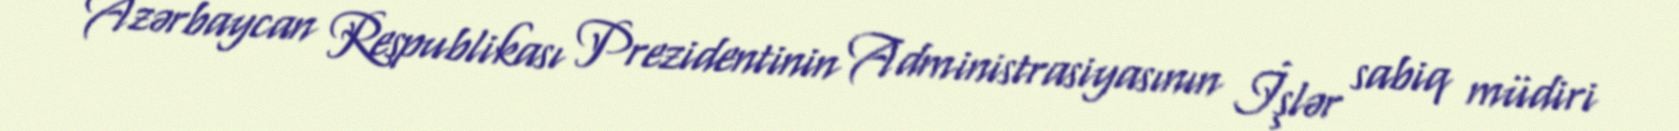
Azərbaycan Respublikası Prezidentinin Administrasiyasının İşlər sabiq müdiri